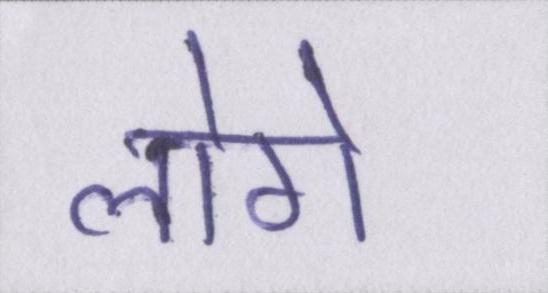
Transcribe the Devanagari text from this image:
लोगे